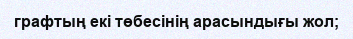
графтың екі төбесінің арасындығы жол;